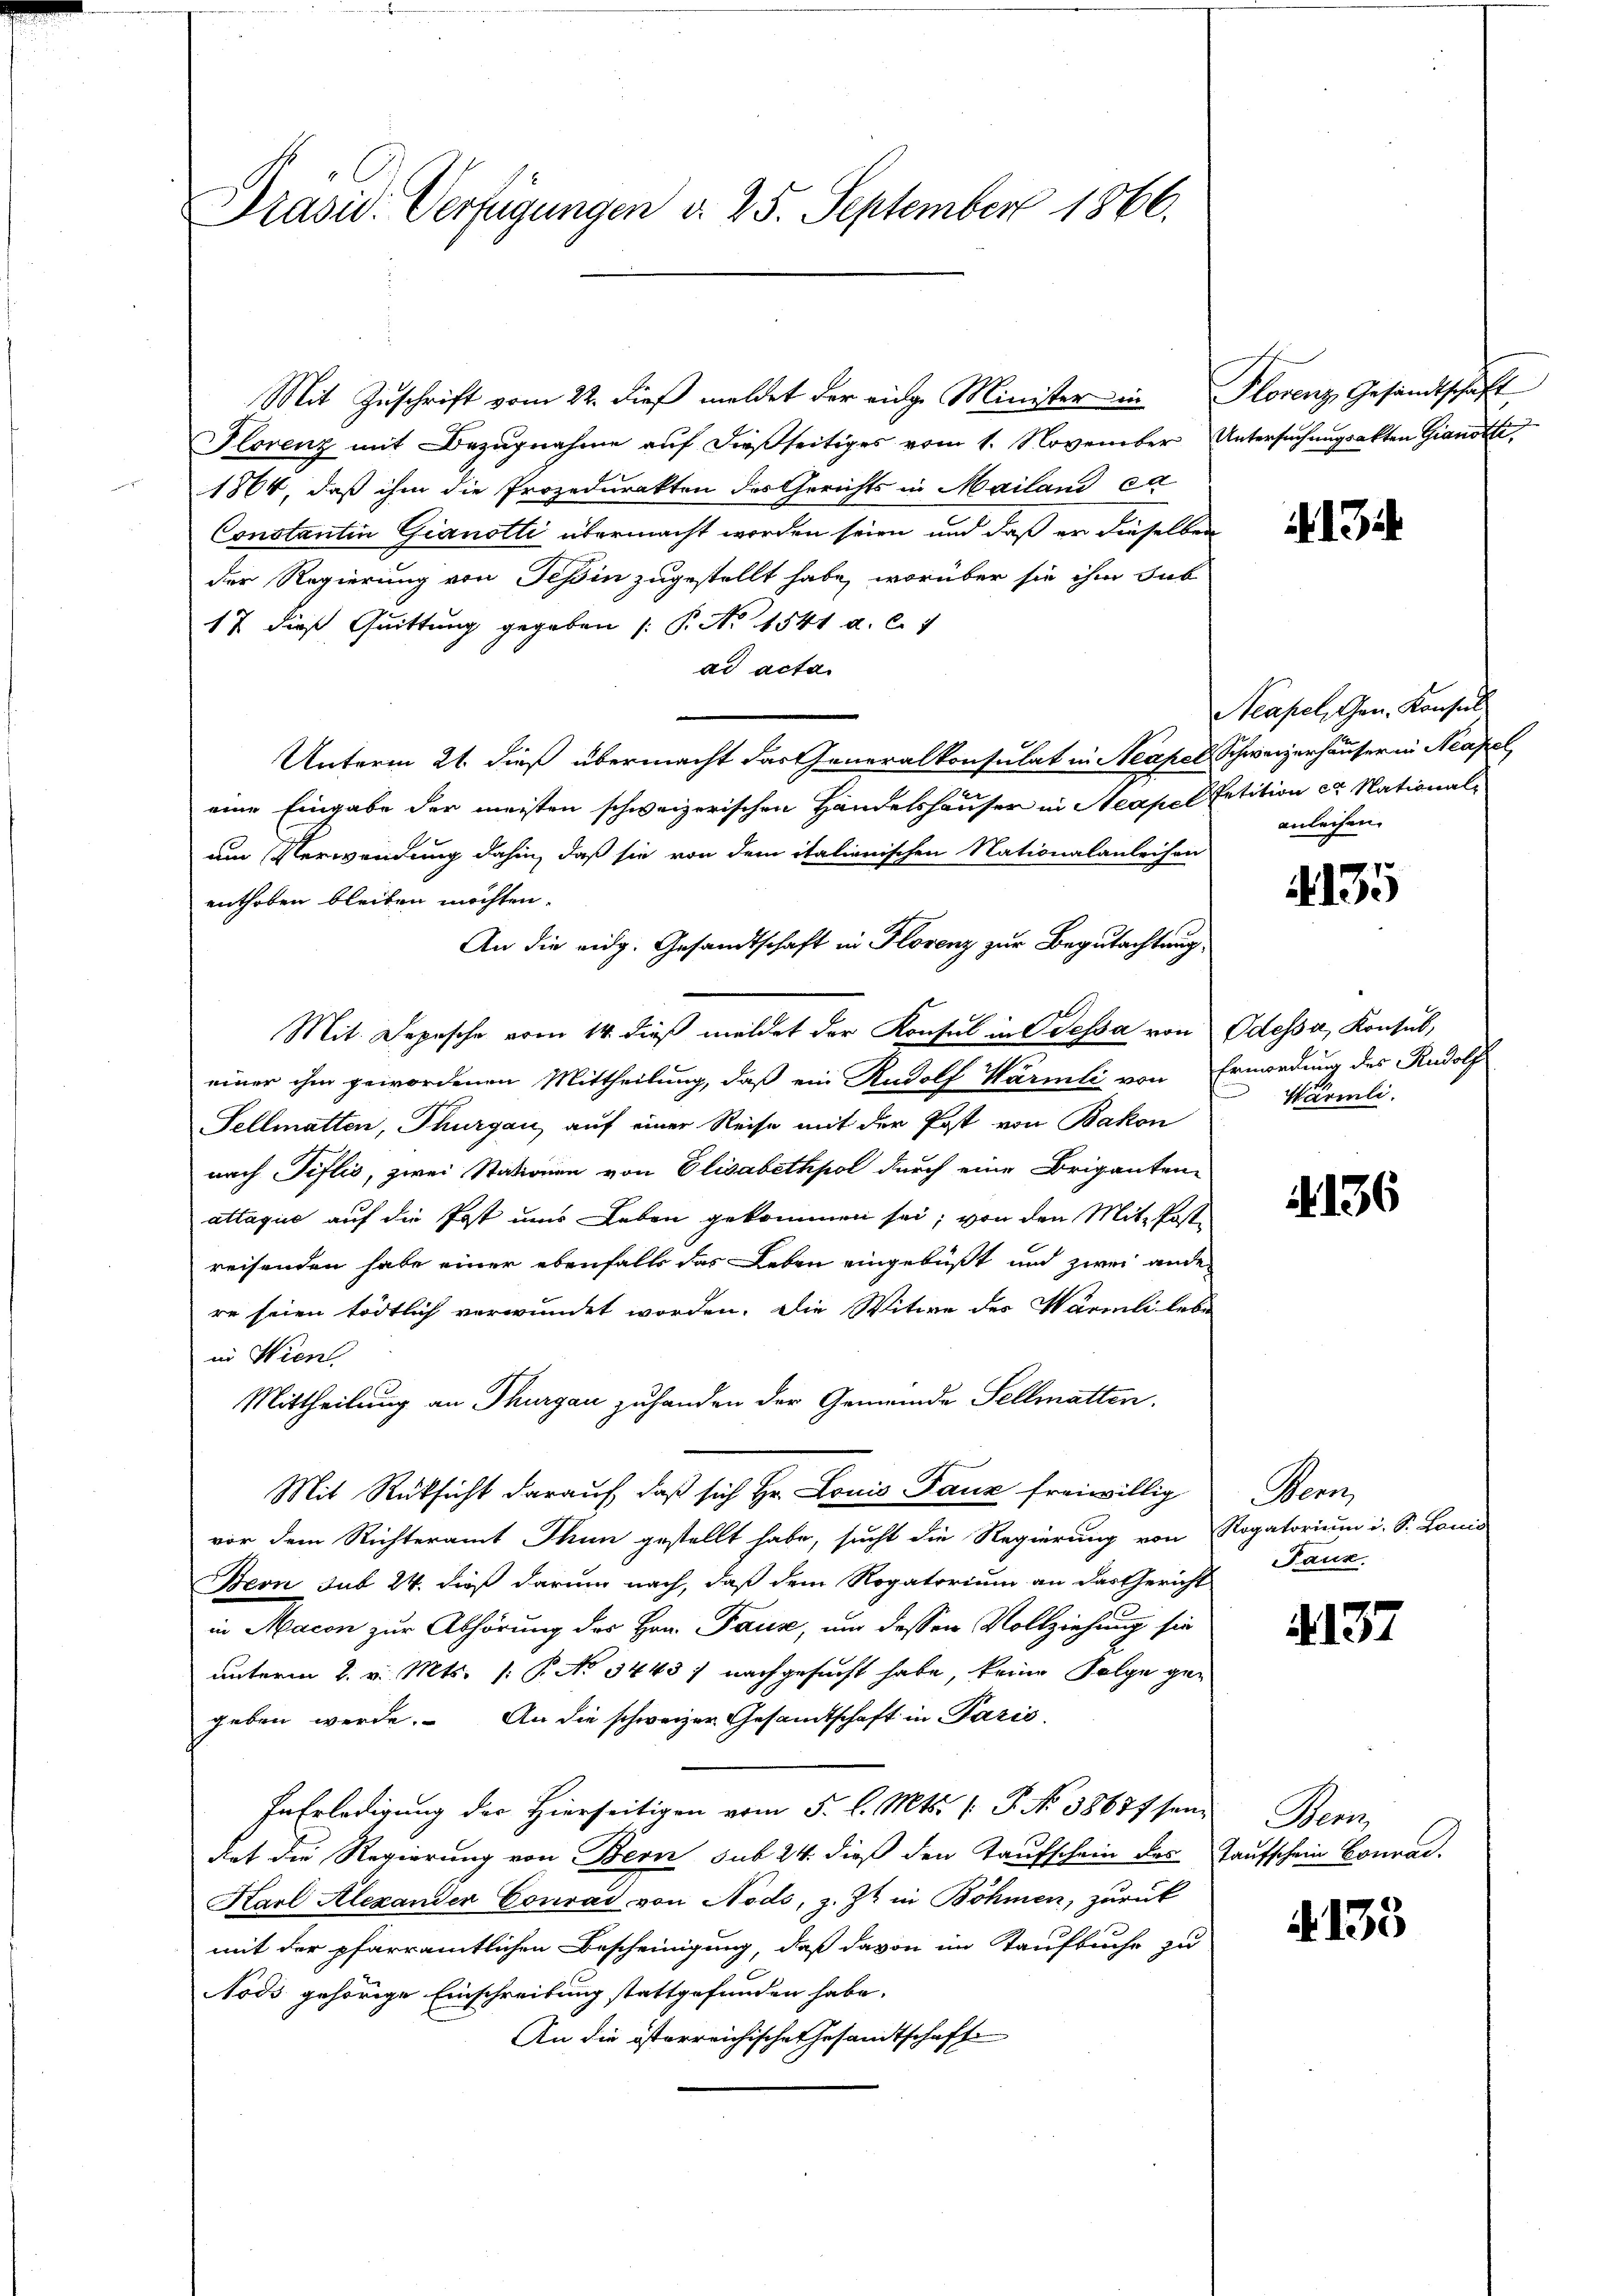
Präsid. Verfügungen d. 25. September 1866.

Mit Zuschrift vom 22. dieß meldet der einge Minister in Florenz Gesandtschaft
Florenz mit Bezugnahme auf dießseitiges vom 1. November Untersuchungsakten Gianott,
1864, daß ihm die Prozedurakten des Gerichts in Mailand ca
Constantin Gianotti übermacht worden seien und daß er dieselben
der Regierung von Teßin zugestellt habe, worüber sie ihm sub
17 dieß Quittung gegeben (: P. No 1541 a. c. 7
ad acta
Unterm 21. dieß übermacht das Generalkonsulat in Neapel, Schweizerhäuser in Neapel
eine Eingabe der meisten schweizerischen Handelshäuser in Neapel Petition ca. Nationalam Verwendung dahin, daß sie von dem italienischen Nationalanleihen
enthoben bleiben möchten.
An die eidg. Gesandtschaft in Florenz zur Begutachtung,
Mit. Depesche vom 14. dieß meldet der Konsul in dessa von Odessa, Konsul,
einer ihm gewordenen Mittheilung, daß ein Rudolf Wärmli von Ermordung des Rudolf
Sellmatten, Thurgau, auf einer Reise mit der Post von Bakon
nach Tiflić, zwei Stationen von Elisabethpol durch eine Briganten-
attaque auf die Post ums Leben gekommen sei; von den Mit Post-
reisenden habe einer ebenfalls das Leben eingebüßt und zwei ander
re seien tödtlich verwundet worden. Die Witwe der Wärmli lebe
in Wien
Mittheilung an Thurgau zuhanden der Gemeinde Sellmatten.
Mit Rüksicht darauf, daß sich Hr. Louis Tanz freiwillig
vor dem Richteramt Thun gestellt habe, sucht die Regierung von Rogatorium i. S. Loni-
Seon sub 24. dieß darum nach, daß dem Rogatorium an das Gericht
in Macon zur Abhörung des Hrn. Pause, und dessen Vollziehung sie
unterm 2. v. Mts. (: P. No 3443) nachgesucht habe, keine Folge gegeben werde. An die schweizer Gesandtschaft in Pazić
In Erledigung des Hierseitigen vom 5. l. Mts. (T. No 38677 sein
det die Regierung von Bern sub 24 dieß den Taufschein des Taufschein Conrad
Karl Alexander Conrad von Nodo, z. Z. in Böhmen, zurück
mit der pfarramtlichen Bescheinigung, daß davon im Kaufbuche zu
Nods gehörige Einschreibung stattgefunden habe.
An die österreichische Gesamtschafts

Neapel, Gen. Konsul
anleihen.

4135

Wärmli

4136

Bann
Paux.

137

Bern

135